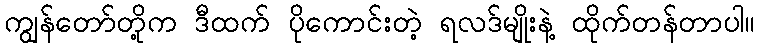
ကျွန်တော်တို့က ဒီထက် ပိုကောင်းတဲ့ ရလဒ်မျိုးနဲ့ ထိုက်တန်တာပါ။